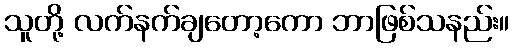
သူတို့ လက်နက်ချတော့ကော ဘာဖြစ်သနည်း။